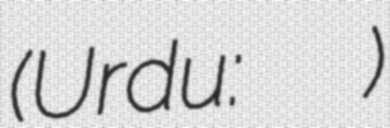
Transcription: (Urdu: جامعہ فضایہ)